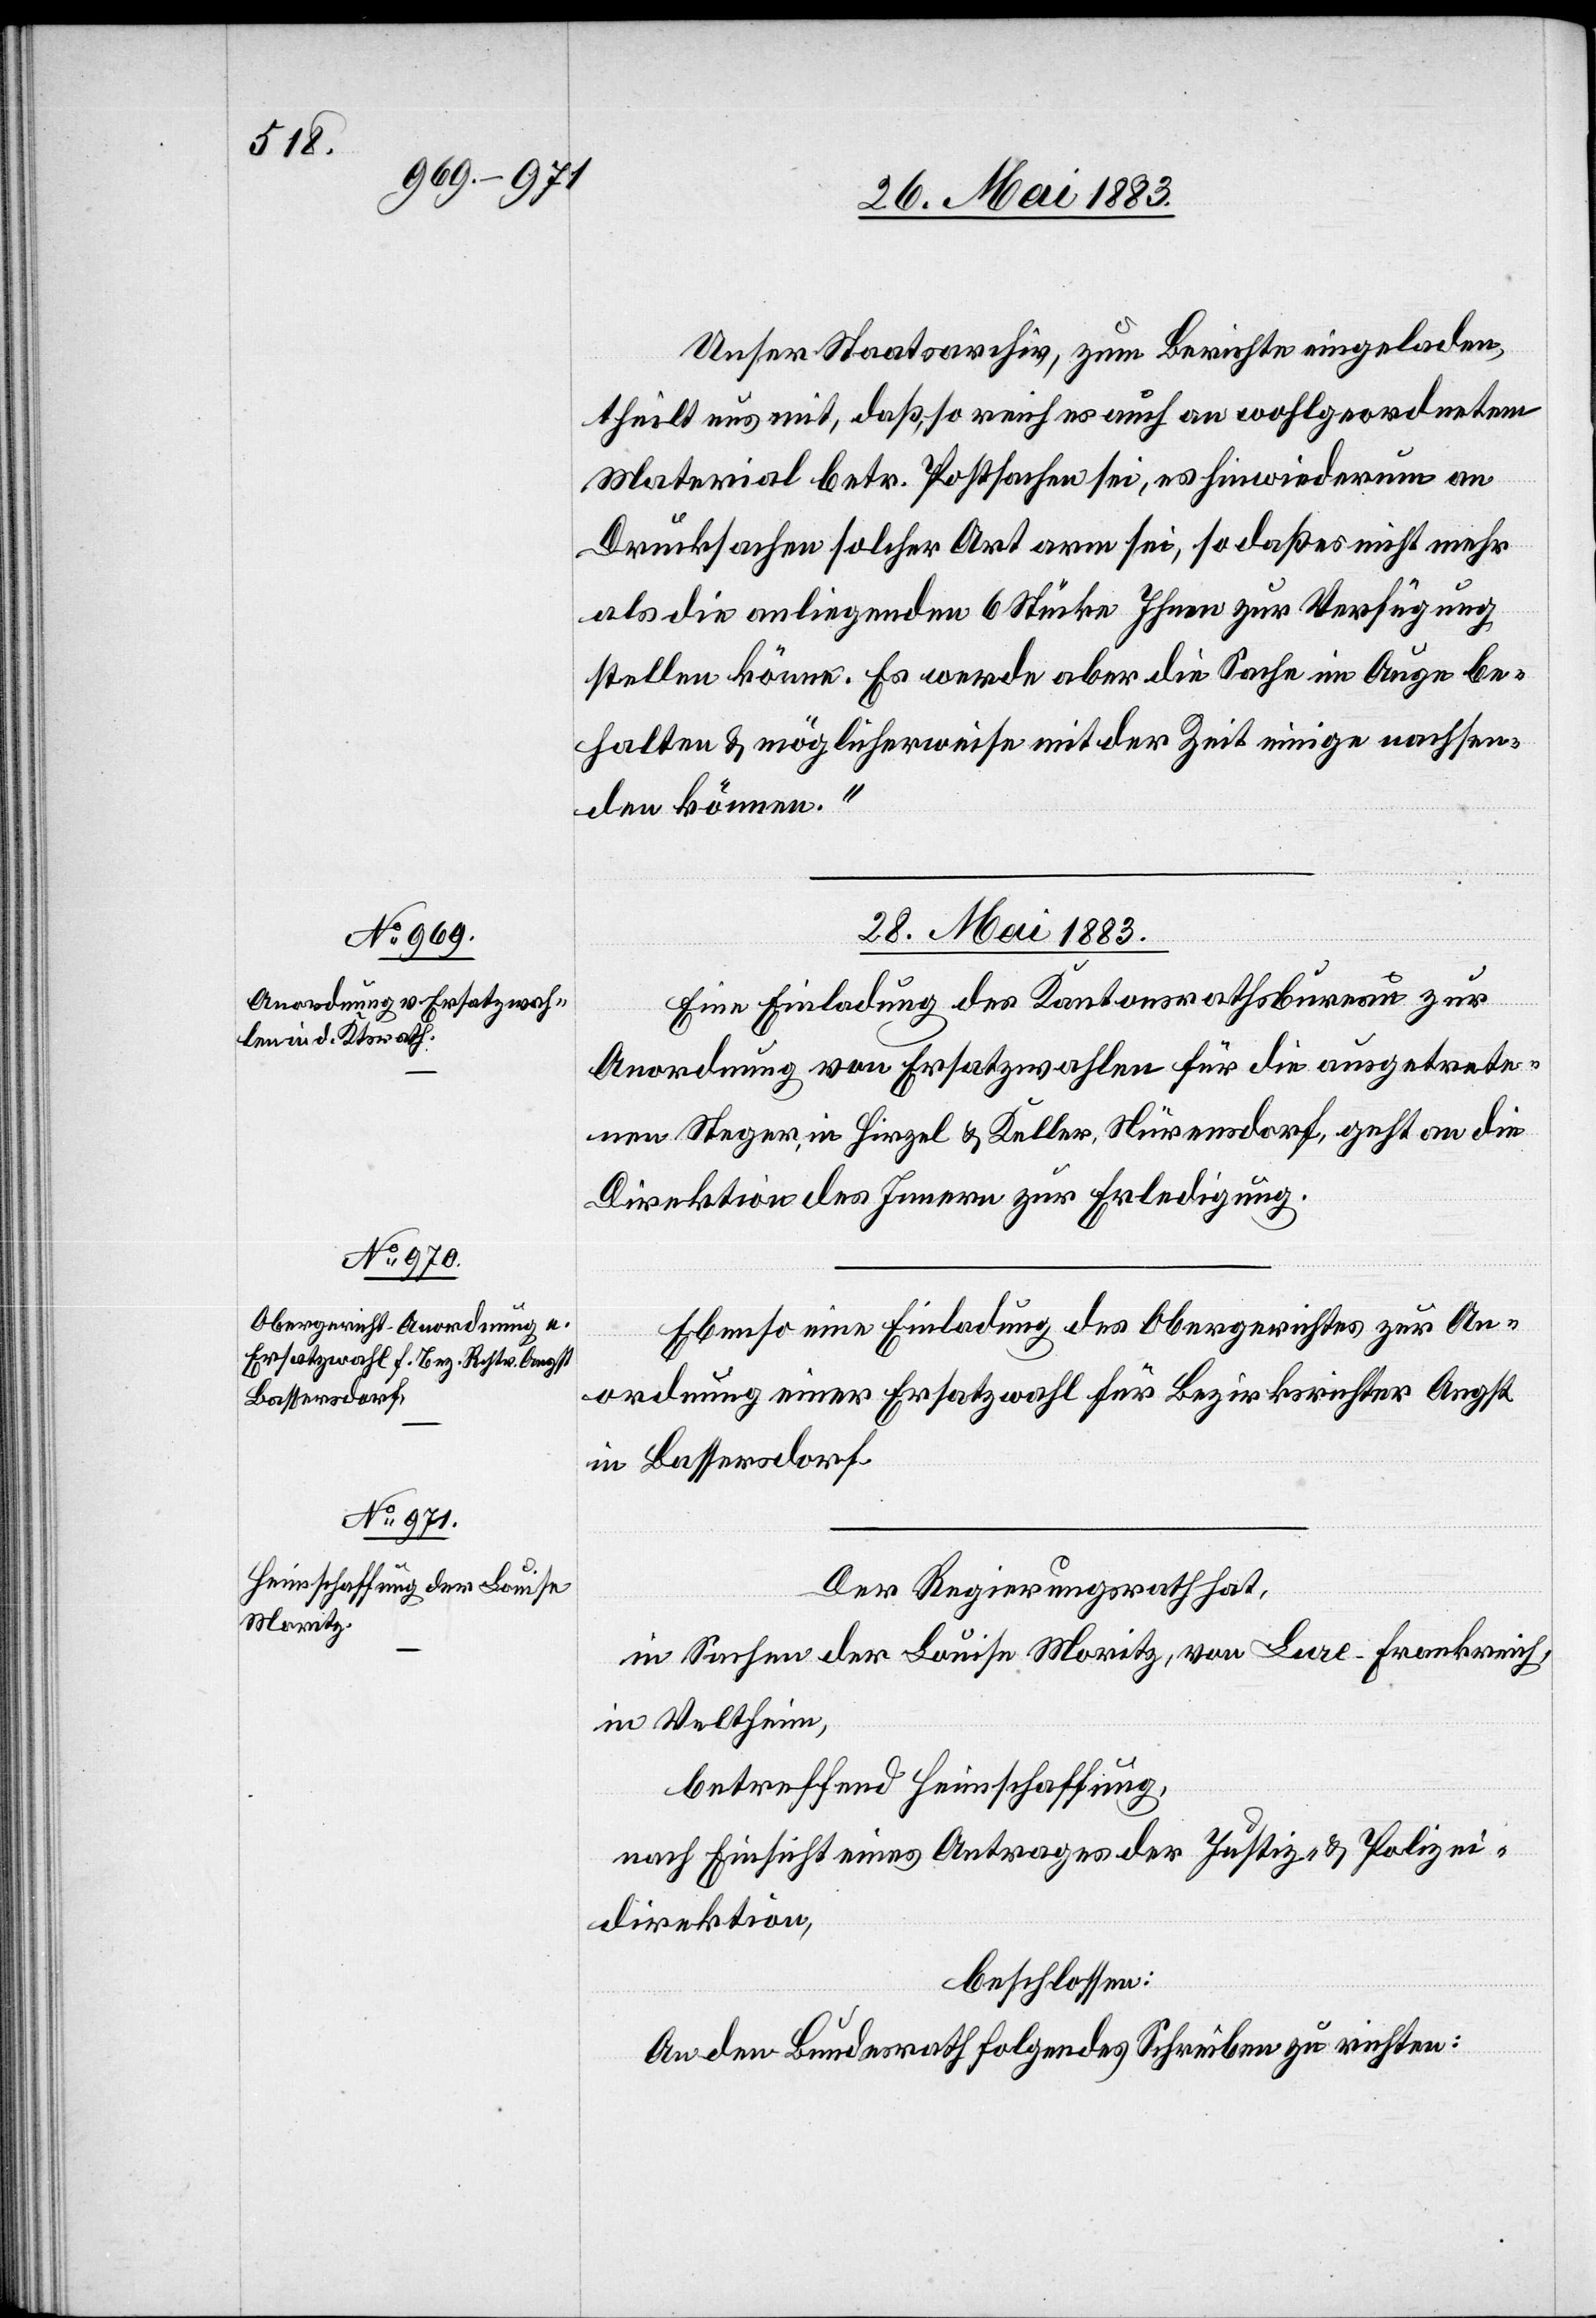
Unser Staatsarchiv, zum Berichte eingeladen,
theilt uns mit, daß, so reich es auch an wohlgeordnetem
Material betr. Postsachen sei, es hinwiederum an
Drucksachen solcher Art arm sei, so daß es nicht mehr
als die anliegenden 6 Stücke Ihnen zur Verfügung
stellen könne. Es werde aber die Sache im Auge be¬
halten & möglicherweise mit der Zeit einige nachsen¬
den können.“
28. Mai 1883.]
Eine Einladung des Kantonsrathsbureau zur
Anordnung von Ersatzwahlen für die ausgetrete¬
nen Steger, in Hirzel & Keller, Nürensdorf, geht an die
Direktion des Innern zur Erledigung.
Ebenso eine Einladung des Obergerichtes zur An¬
ordnung einer Ersatzwahl für Bezirksrichter Angst
in Bassersdorf.
Der Regierungsrath hat,
in Sachen der Louise Moritz, von Lure - Frankreich,
in Veltheim,
betreffend Heimschaffung,
nach Einsicht eines Antrages der Justiz- & Polizei¬
direktion,
beschlossen:
An den Bundesrath folgendes Schreiben zu richten: